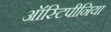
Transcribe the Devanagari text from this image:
ऑस्टिपीनिया